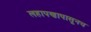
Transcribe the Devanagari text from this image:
लहापणापासूनच